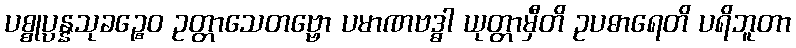
ပစ္စုပ္ပန္နသုခဉ္စေဝ ဥတ္တာသေတဗ္ဗော ပမာဏဗဒ္ဓါ ယုတ္တာမှီတိ ဥပဓာရေတိ ပရိဘူတာ